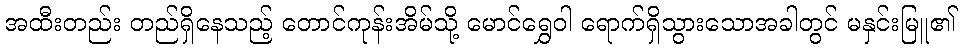
အထီးတည်း တည်ရှိနေသည့် တောင်ကုန်းအိမ်သို့ မောင်ရွှေဝါ ရောက်ရှိသွားသောအခါတွင် မနှင်းမြူ၏